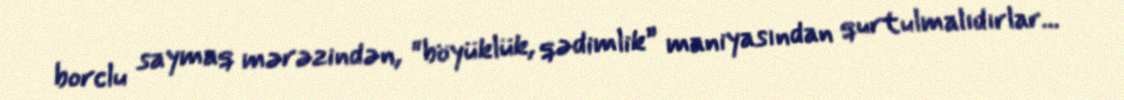
borclu saymaq mərəzindən, “böyüklük, qədimlik” maniyasından qurtulmalıdırlar...